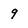
Character: 9